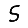
Digit: 5